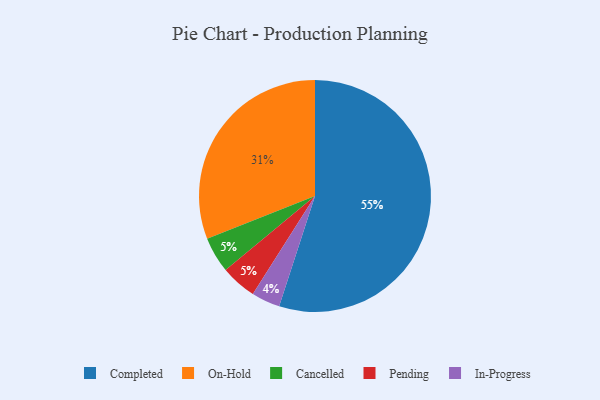
{"axis": {"x": "Category", "y": "Percentage"}, "legend": ["Cancelled", "Completed", "In-Progress", "On-Hold", "Pending"], "data": [{"x": "In-Progress", "y": 4, "type": "In-Progress"}, {"x": "Completed", "y": 55, "type": "Completed"}, {"x": "On-Hold", "y": 31, "type": "On-Hold"}, {"x": "Cancelled", "y": 5, "type": "Cancelled"}, {"x": "Pending", "y": 5, "type": "Pending"}]}